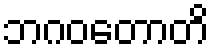
ဘဂဝတောတိ